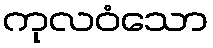
ကုလဝံသော